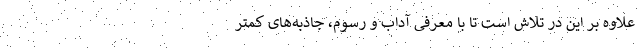
علاوه بر این در تلاش است تا با معرفی آداب و رسوم، جاذبه‌های کمتر